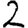
Digit: 2